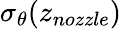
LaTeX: \sigma_{\theta}(z_{nozzle})